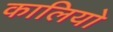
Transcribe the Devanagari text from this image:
कालियो